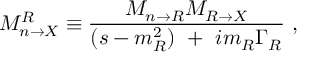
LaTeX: { \cal { M } } _ { n \rightarrow X } ^ { R } \equiv { \displaystyle \frac { { \cal { M } } _ { n \rightarrow R } { \cal { M } } _ { R \rightarrow X } } { ( s - m _ { R } ^ { 2 } ) \ + \ i m _ { R } \Gamma _ { R } } } \ ,